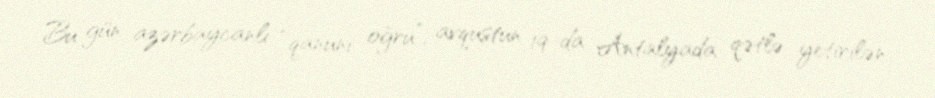
Bu gün azərbaycanlı “qanuni oğru”, avqustun 19-da Antalyada qətlə yetirilən